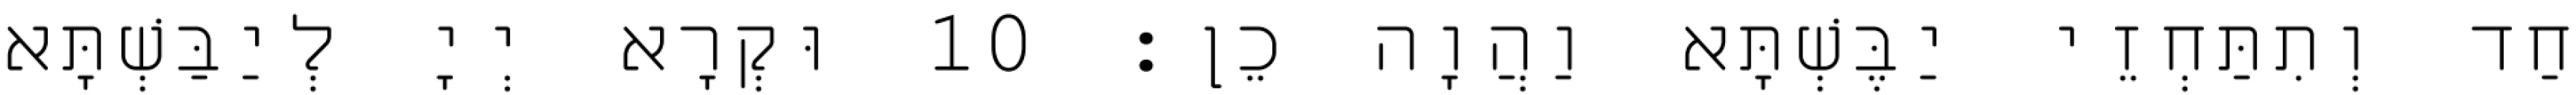
חַד וְתִתַּחְזֵי יַבֶּשְׁתָּא וַהֲוָה כֵן׃ 10 וּקְרָא יְיָ לְיַבַּשְׁתָּא